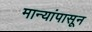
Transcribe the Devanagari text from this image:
मान्यांपासून